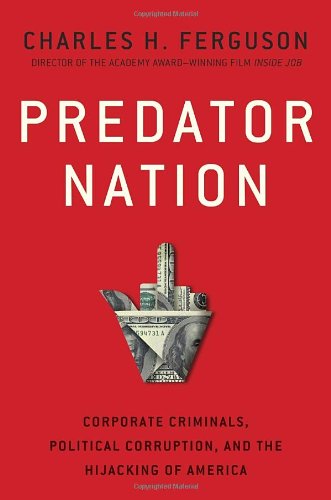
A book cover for Predator Nation: Corporate Criminals, Political Corruption, and the Hijacking of America; Charles H. Ferguson; Biographies & Memoirs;